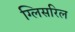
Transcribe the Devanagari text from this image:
ग्लिसरिल